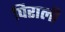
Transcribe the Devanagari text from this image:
पिराली